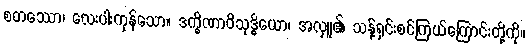
စတဿော၊ လေးပါးကုန်သော။ ဒက္ခိဏာဝိသုဒ္ဓိယော၊ အလှူ၏ သန့်ရှင်းစင်ကြယ်ကြောင်းတို့ကို။